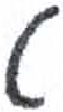
אות: ט